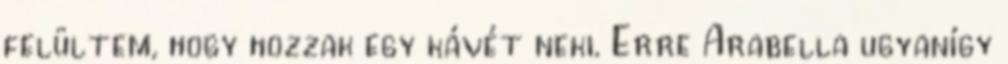
felültem, hogy hozzak egy kávét neki. Erre Arabella ugyanígy